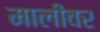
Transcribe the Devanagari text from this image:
मालीवर